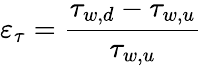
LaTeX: \varepsilon_{\tau}=\frac{\tau_{w,d}-\tau_{w,u}}{\tau_{w,u}}